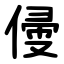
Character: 㑴